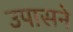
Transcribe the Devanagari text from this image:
उपासने